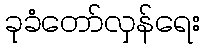
ခုခံတော်လှန်ရေး